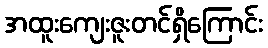
အထူးကျေးဇူးတင်ရှိကြောင်း